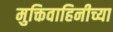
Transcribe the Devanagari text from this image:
मुक्तिवाहिनीच्या